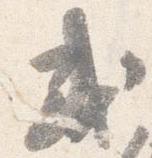
或